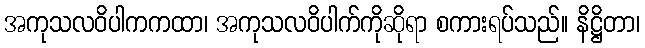
အကုသလဝိပါကကထာ၊ အကုသလဝိပါက်ကိုဆိုရာ စကားရပ်သည်။ နိဋ္ဌိတာ၊